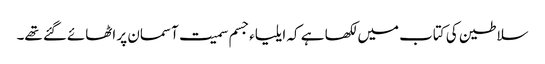
سلاطین کی کتاب میں لکھا ہے کہ ایلیاءجسم سمیت آسمان پر اٹھائےگئے تھے۔